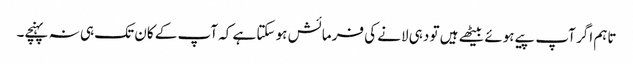
تاہم اگر آپ پیے ہوئے بیٹھے ہیں تو دہی لانے کی فرمائش ہو سکتا ہے کہ آپ کے کان تک ہی نہ پہنچے۔